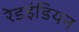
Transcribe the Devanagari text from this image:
रेडइंडियन